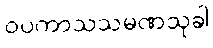
ဝပကာသသမဏသုခါ